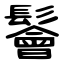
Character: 鬠